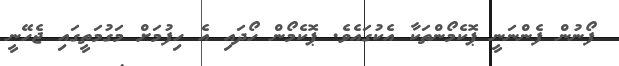
ފޯނުން ފެންނަނީ ޕޮކެމޯންތަކާ އެކުގައެވެ. ޕޮކެމޯން ހޯދައި އެ ހިފުމަށް މަގުމަތީގައި ޖެހޭނީ